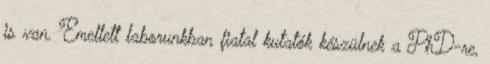
is van. Emellett laborunkban fiatal kutatók készülnek a PhD-re,